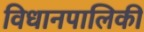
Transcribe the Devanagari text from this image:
विधानपालिकी